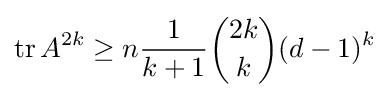
\operatorname {tr} A^{2k}\geq n{\frac {1}{k+1}}{\binom {2k}{k}}(d-1)^{k}